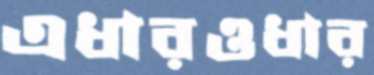
এধারওধার